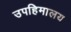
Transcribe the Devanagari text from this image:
उपहिमालय